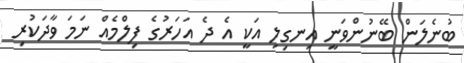
ބުނެލަން ބޭނުންވަނީ އިނގިލި އަކީ އެ ދެ އަހަރުގެ ފިލްމެއް ނަމަ ވާދަކުރި